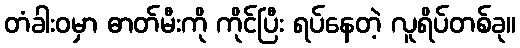
တံခါးဝမှာ ဓာတ်မီးကို ကိုင်ပြီး ရပ်နေတဲ့ လူရိပ်တစ်ခု။